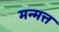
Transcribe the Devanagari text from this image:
मन्मत्त